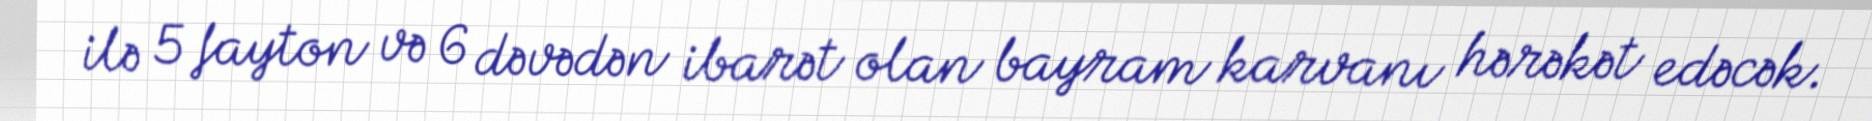
ilə 5 fayton və 6 dəvədən ibarət olan bayram karvanı hərəkət edəcək.